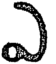
ఎ